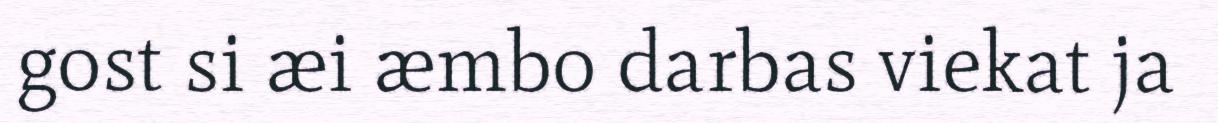
gost si æi æmbo darbas viekat ja